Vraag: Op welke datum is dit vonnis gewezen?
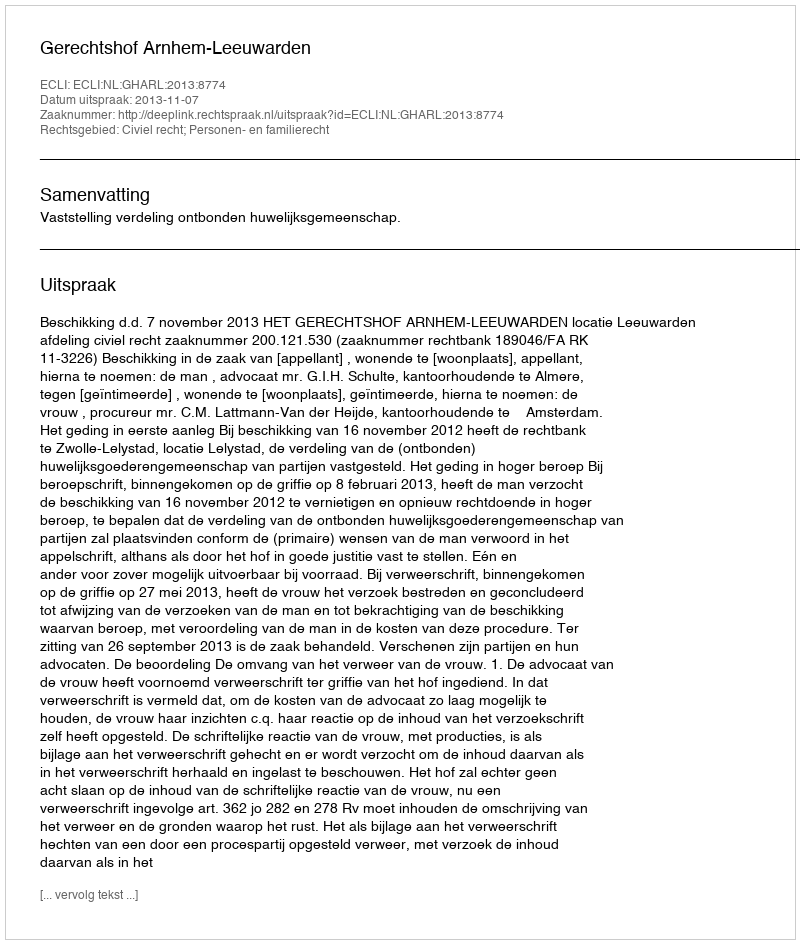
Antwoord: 2013-11-07